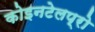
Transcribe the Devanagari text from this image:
कोइनटेलप्रो